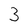
Character: 3